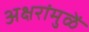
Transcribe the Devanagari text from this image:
अक्षरांमुळें